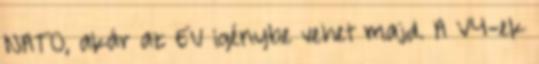
NATO, akár az EU igénybe vehet majd. A V4-ek